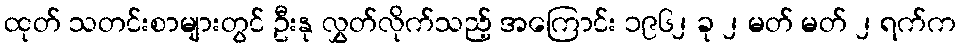
ထုတ် သတင်းစာများတွင် ဦးနု လွှတ်လိုက်သည့် အကြောင်း ၁၉၆၂ ခု ၂ မတ် မတ် ၂ ရက်က